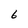
Character: 6